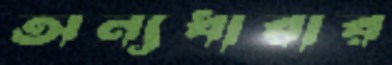
অন্যধারার